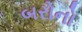
બરોનો